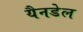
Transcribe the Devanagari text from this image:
यैनडेल